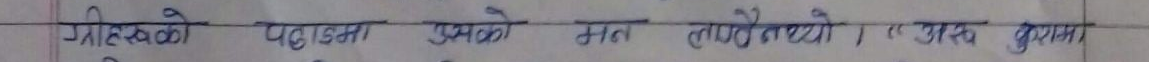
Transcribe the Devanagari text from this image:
गाउँखको पछल्लो प्राप्तको मन लाग्यो । अब बुझ्न